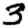
Digit: 3